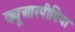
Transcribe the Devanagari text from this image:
क्यूआरपीडिया